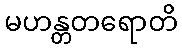
မဟန္တတရောတိ